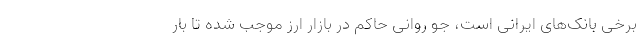
برخی بانک‌های ایرانی است، جو روانی حاکم در بازار ارز موجب شده تا بار